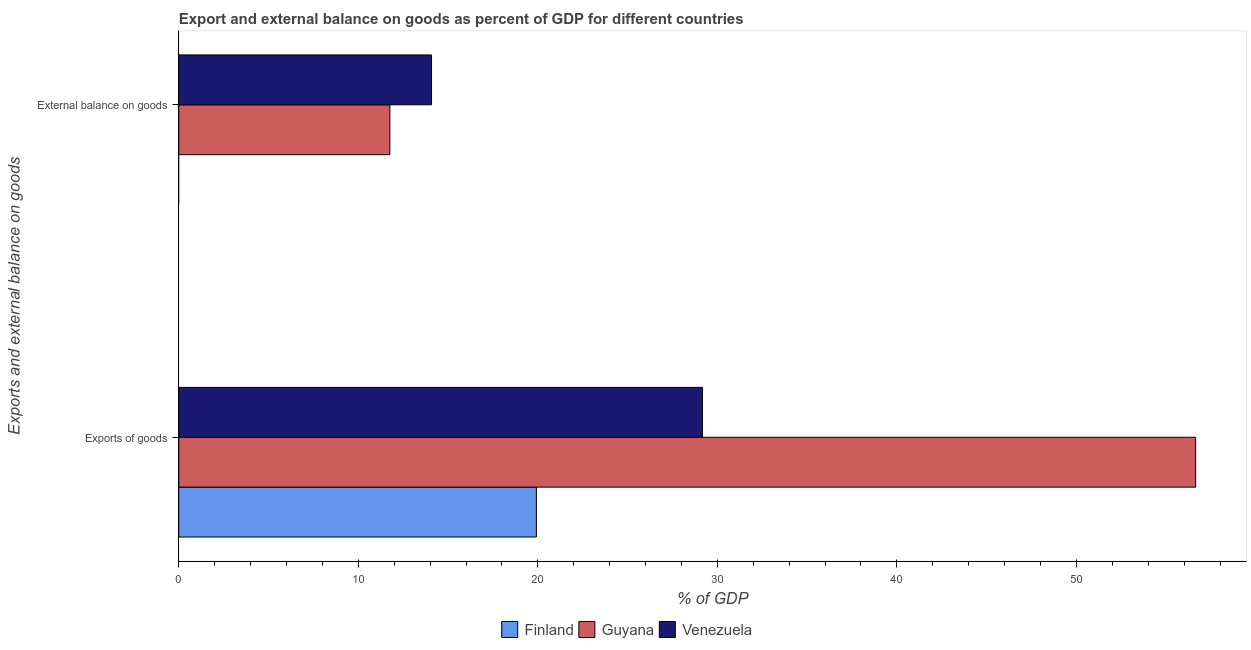
| Exports and external balance on goods | Finland | Guyana | Venezuela |
 | --- | --- | --- | --- |
 | Exports of goods | 19.9 | 56.6 | 29.2 |
 | External balance on goods | -1.52 | 11.8 | 14.1 |